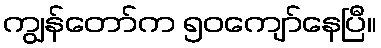
ကျွန်တော်က ၅၀ကျော်နေပြီ။